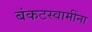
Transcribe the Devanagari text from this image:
बंकटस्वामींना